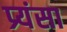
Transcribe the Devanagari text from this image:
प्र्यंसा